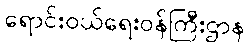
ရောင်းဝယ်ရေးဝန်ကြီးဌာန